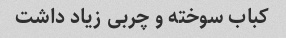
کباب سوخته و چربی زیاد داشت